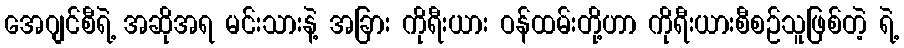
အေဂျင်စီရဲ့ အဆိုအရ မင်းသားနဲ့ အခြား ကိုရီးယား ဝန်ထမ်းတို့ဟာ ကိုရီးယားစီစဉ်သူဖြစ်တဲ့ ရဲ့